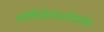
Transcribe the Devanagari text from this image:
कॉकिडियोआइडोमाइकोसिस